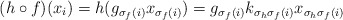
\begin{align*}(h\circ f)(x_i) = h(g_{\sigma_f(i)}x_{\sigma_f(i)}) = g_{\sigma_f(i)} k_{\sigma_h \sigma_f(i)} x_{\sigma_h \sigma_f(i)}\end{align*}